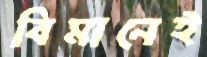
বিমানেই